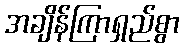
အချိန်ကြာရှည်စွာ